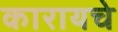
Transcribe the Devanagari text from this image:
कारायचे